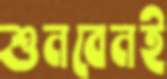
শুনবেনই